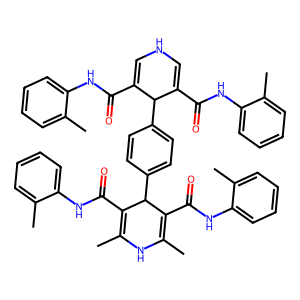
SMILES: CC1=C(C(=O)Nc2ccccc2C)C(c2ccc(C3C(C(=O)Nc4ccccc4C)=CNC=C3C(=O)Nc3ccccc3C)cc2)C(C(=O)Nc2ccccc2C)=C(C)N1
Inhibits HIV replication: No